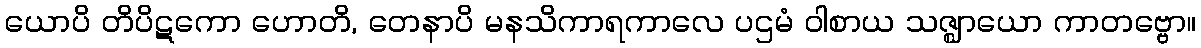
ယောပိ တိပိဋကော ဟောတိ, တေနာပိ မနသိကာရကာလေ ပဌမံ ဝါစာယ သဇ္ဈာယော ကာတဗ္ဗော။